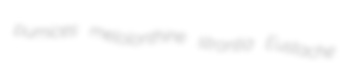
pumices melolonthine strontia Eustache